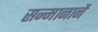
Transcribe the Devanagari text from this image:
सन्मानानें